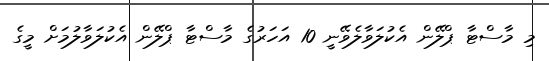
މި މާސްޓާ ޕްލޭން އެކުލަވާލެވޭނީ 10 އަހަރުގެ މާސްޓާ ޕްލޭން އެކުލަވާލުމަށް މީގެ